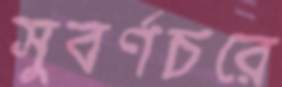
সুবর্ণচরে